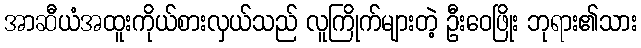
အာဆီယံအထူးကိုယ်စားလှယ်သည် လူကြိုက်များတဲ့ ဦးဝေဖြိုး ဘုရား၏သား